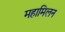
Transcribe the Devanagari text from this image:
महामिलन